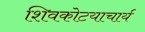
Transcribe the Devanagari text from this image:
शिवकोटयाचार्य